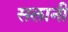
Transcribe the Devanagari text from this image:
सलानी